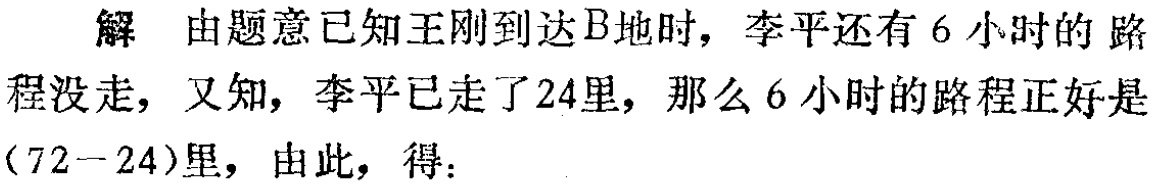
解 由题意已知王刚到达B地时，李平还有6小时的路程没走，又知，李平已走了24里，那么6小时的路程正好是(72−24)里，由此，得：